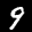
Label: 9